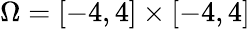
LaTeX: \Omega=[-4,4]\times[-4,4]